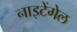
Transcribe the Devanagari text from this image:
नाइटेंगेल